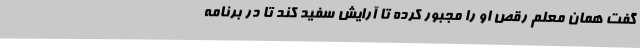
گفت همان معلم رقص او را مجبور کرده تا آرایش سفید کند تا در برنامه